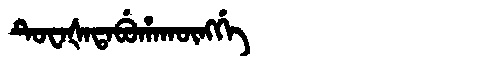
Manchu: ᡨᡠᠸᠠᡧᠠᡨᠠᠪᡠᡥᠠᡴᡡᠩᡤᡝ
Romanization: TUWAŠATABUHAKŪNGGE